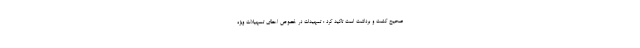
صحیح کشت و برداشت است تاکید کرد : تمهیدات در خصوص اعطای تسهیلات ویژه